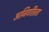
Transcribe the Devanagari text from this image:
अनिर्णीतता